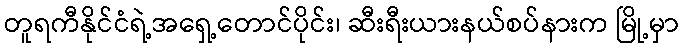
တူရကီနိုင်ငံရဲ့အရှေ့တောင်ပိုင်း၊ ဆီးရီးယားနယ်စပ်နားက မြို့မှာ